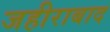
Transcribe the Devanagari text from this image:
जहीराबाद